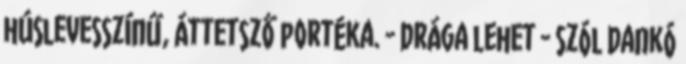
húslevesszínű, áttetsző portéka. - Drága lehet - szól Dankó